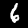
Digit: 6